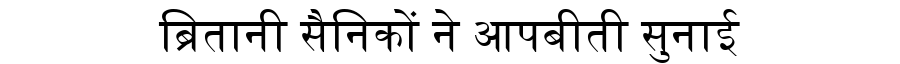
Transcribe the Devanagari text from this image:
ब्रितानी सैनिकों ने आपबीती सुनाई